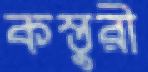
কস্তুরী